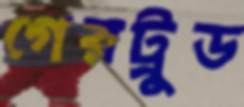
গেরট্রুড